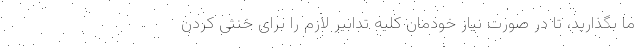
ما بگذارید، تا در صورت نیاز خودمان کلیه تدابیر لازم را برای خنثی کردن